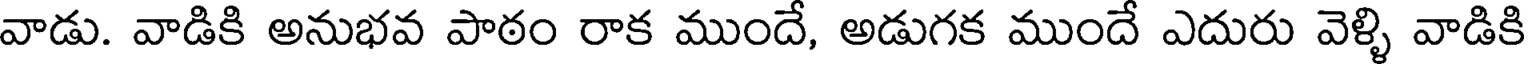
వాడు. వాడికి అనుభవ పాఠం రాక ముందే, అడుగక ముందే ఎదురు వెళ్ళి వాడికి